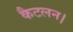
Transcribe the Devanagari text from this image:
कैटलन।